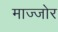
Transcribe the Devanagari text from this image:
माज्जोर